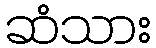
ဆံသား